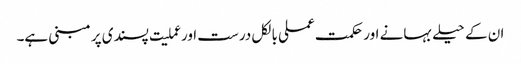
ان کے حیلے بہانے اور حکمت عملی بالکل درست اور عملیت پسندی پر مبنی ہے۔